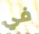
في